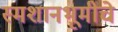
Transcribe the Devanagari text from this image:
स्मशानभूमीचे